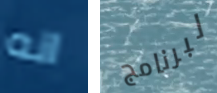
انه لبرنامج